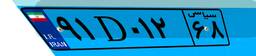
۴۷D۹۷۵۰۱